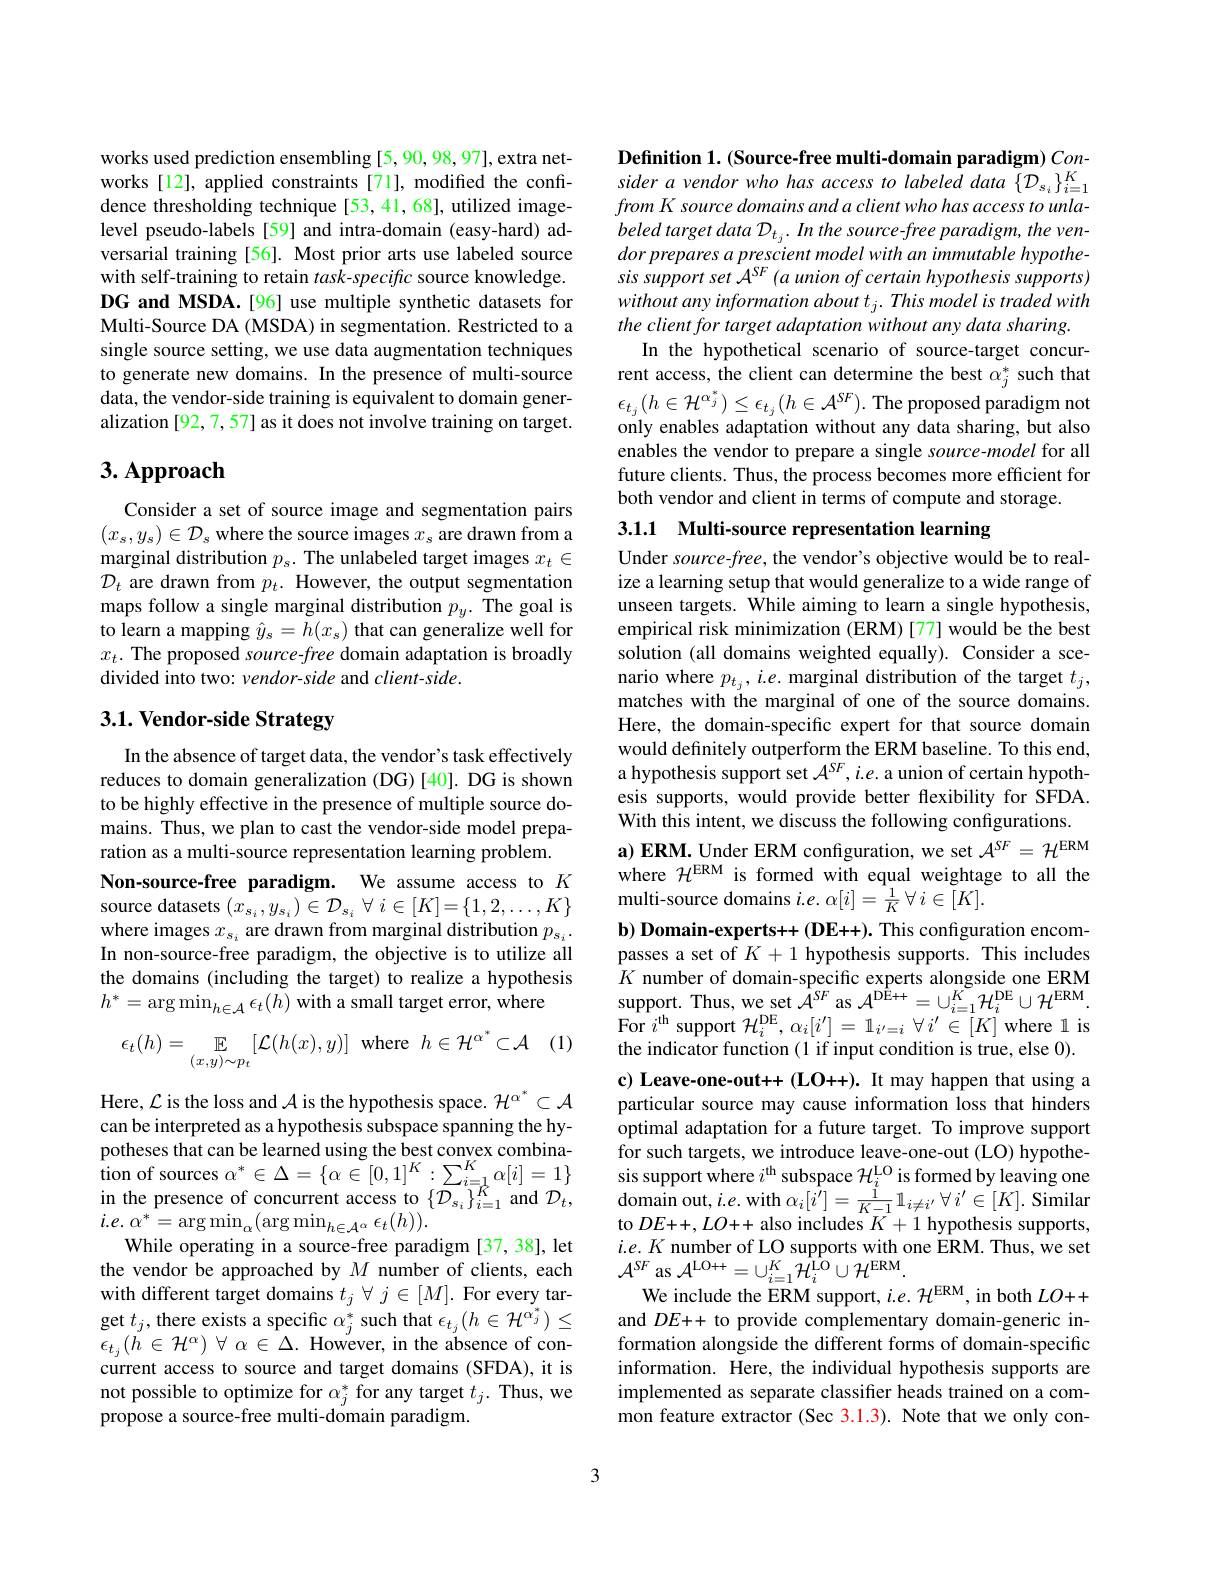
works used prediction ensembling [5, 90, 98, 97], extra networks [12], applied constraints [71], modified the confidence thresholding technique[53,41,68], utilized imagelevel pseudo-labels [59] and intra-domain (easy-hard) adversarial training [56]. Most prior arts use labeled source with self-training to retain $task-specific$ source knowledge. DG and MSDA.[96] use multiple synthetic datasets for Multi-Source DA (MSDA) in segmentation. Restricted to a single source setting, we use data augmentation techniques to generate new domains. In the presence of multi-source data, the vendor-side training is equivalent to domain generalization [92, 7, 57] as it does not involve training on target.

## 3. Approach

Consider a set of source image and segmentation pairs $(x_s,y_s)\in\mathcal{D}_s$ where the source images $x_s$ are drawn from a marginal distribution $p_s.$ The unlabeled target images $x_t\in$ $\mathcal{D}_{t}$ are drawn from $p_t.$ However, the output segmentation maps follow a single marginal distribution $p_y.$ The goal is to learn a mapping $\hat{y}_s=h(x_s)$ that can generalize well for $x_t.$ The proposed source-free domain adaptation is broadly divided into two: vendor-side and client-side.

# 3.1. Vendor-side Strategy

In the absence of target data, the vendor's task effectively reduces to domain generalization (DG)[40]. DG is shown to be highly effective in the presence of multiple source domains. Thus, we plan to cast the vendor-side model preparation as a multi-source representation learning problem.

Non-source-free paradigm. We assume access to $K$ source datasets $(x_{s_i},y_{s_i})\in\mathcal{D}_{s_i}\forall i\in[K]=\{1,2,\ldots,K\}$

where images $x_s_i$ are drawn from marginal distribution $p_s_i.$ In non-source-free paradigm, the objective is to utilize all the domains (including the target) to realize a hypothesis $h^{*}=\arg\min_{h\in\mathcal{A}}\epsilon_{t}(h)$ with a small target error, where

(1)
$$\epsilon_{t}(h)=\mathbb{E}_{(x,y)\sim p_{t}}[\mathcal{L}(h(x),y)]\:\mathrm{where}\:h\in\mathcal{H}^{\alpha^{*}}\subset\mathcal{A}$$
Here, $\mathcal{L}$ is the loss and $\mathcal{A}$ is the hypothesis space. $\mathcal{H}^{\alpha^*}\subset\mathcal{A}$ can be interpreted as a hypothesis subspace spanning the hypotheses that can be learned using the best convex combina- $\begin{array}{l}{\text{pouicses tiat can oc can tasing uc ocst convex conona}}\\{\text{tion of sources }\alpha^{*}\in\Delta=\{\alpha\in[0,1]^{K}:\sum_{i=1}^{K}\alpha[i]=1\}}\\{\mathrm{in~tha~nracan~of~con~an~an~an~an~an~an~an~an~an~ta~an~an~an~to~}}\end{array}$ in the presence of concurrent access to $\{\mathcal{D}_{s_i}\}_{i=1}^{K}$ and $\mathcal{D}_t$, $i. e.$ $\alpha ^{* }= \arg \min _{\alpha }( \arg \min _{h\in \mathcal{A} ^{\alpha }}\epsilon _{t}( h) ) .$
While operating in a source-free paradigm [37,38], let the vendor be approached by $M$ number of clients, each with different target domains $t_j\forall j\in[M].$ For every target $t_j$, there exists a specific $\alpha_j^*$ such that $\epsilon_{t_j}(h\in\mathcal{H}^{\alpha_j^*})\leq$ $\epsilon _{t_{j}}( \tilde{h} \in \mathcal{H} ^{\alpha })$ $\forall$ $\alpha \in \Delta .$ However, in the absence of concurrent access to source and target domains (SFDA), it is not possible to optimize for $\alpha_j^*$ for any target $t_j.$ Thus, we propose a source-free multi-domain paradigm.

Definition 1. (Source-free multi-domain paradigm) Con- $sideravendorwhohasaccesstolabeleddata\{{\mathcal D}_{s_i}\}_{i=1}^{K}$ from K source domains and a client who has access to unlabeled target data $\mathcal{D}_{t_j}.$ In the source-free paradigm, the vendor prepares a prescient model with an immutable hypothesis support set ${\mathcal{A} }^{SF}$ $( a$ union $of$ certain hypothesis $supports)$ without any information about $t_j. \textit{This model is traded with}$ the client for target adaptation without any data sharing.
In the hypothetical scenario of source-target concurrent access, the client can determine the best $\alpha_j^*$ such that $\epsilon_{t_j}(h\in\mathcal{H}^{\alpha_j^*})\leq\epsilon_{t_j}(h\in\mathcal{A}^{SF}).$The proposed paradigm not only enables adaptation without any data sharing, but also enables the vendor to prepare a single source-model for all future clients. Thus, the process becomes more efficient for both vendor and client in terms of compute and storage.

3.1.1 Multi-source representation learning
Under source-free, the vendor's objective would be to realize a learning setup that would generalize to a wide range of unseen targets. While aiming to learn a single hypothesis, empirical risk minimization (ERM)[77] would be the best solution (all domains weighted equally). Consider a scenario where $p_{t_j},i.e.$ marginal distribution of the target $t_j$, matches with the marginal of one of the source domains. Here, the domain-specific expert for that source domain would definitely outperform the ERM baseline. To this end, a hypothesis support set $\mathcal{A}^{SF},i.e.$ a union of certain hypothesis supports, would provide better flexibility for SFDA. With this intent, we discuss the following configurations. a) ERM. Under ERM configuration, we set $\mathcal{A}^SF=\mathcal{H}^\mathrm{ERM}$ where $\mathcal{H}^\mathrm{ERM}$ is formed with equal weightage to all the multi-source domains $i. e.$ $\alpha [ i] = \frac 1K$ $\forall$ $i\in [ K] .$
$\mathbf{b})$ Domain-experts+(DE++). This configuration encompasses a set of $K+1$ hypothesis supports. This includes $K$ number of domain-specific experts alongside one ERM support. Thus, we set ${\tilde{A} ^{SF}}$ as $\mathcal{A}^{\mathrm{DE}++}=\cup_i=1^{K}{\tilde{H}_{i}^{\mathrm{DE}}}\cup{\mathcal{H}^{\mathrm{ERM}}}.$ For $i^{\mathrm{th}}$support $\mathcal{H}_i^\mathrm{DE},\alpha_i[i^{\prime}]=1_{i^{\prime}=i}\forall i^{\prime}\in[K]$ where l is the indicator function (1 if input condition is true, else 0). c) Leave-one-out+(LO++). It may happen that using a particular source may cause information loss that hinders optimal adaptation for a future target. To improve support for such targets, we introduce leave-one-out (LO) hypothesis support where $i^\mathrm{th}$ subspace $\mathcal{H}_i^\mathrm{LO}$ is formed by leaving one $\hat{\text{domain out}},i.e.$with$\alpha_i[\hat{i^{\prime}}]=\frac{\tilde{1}}{K-1}\mathbb{1}_{i\neq i^{\prime}}\forall i^{\prime}\in[K].$ Similar to $DE++,LO++$ also includes $K+1$ hypothesis supports, $i.e.K$ number of LO supports with one ERM. Thus, we set $\mathcal{A}^{SF}$ as $\mathcal{A}^\mathrm{LO++}=\cup_i=1^K\tilde{\mathcal{H}}_i^\mathrm{LO}\cup\mathcal{H}^\mathrm{ERM}.$
We include the ERM support, $i.e.{\mathcal H}^\mathrm{ERM}$, in both $LO++$ and $DE++$ to provide complementary domain-generic information alongside the different forms of domain-specific information. Here, the individual hypothesis supports are implemented as separate classifier heads trained on a common feature extractor (Sec 3.1.3). Note that we only con-

3